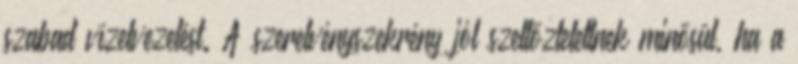
szabad vízelvezetést. A szerelvényszekrény jól szellõztetettnek minõsül, ha a